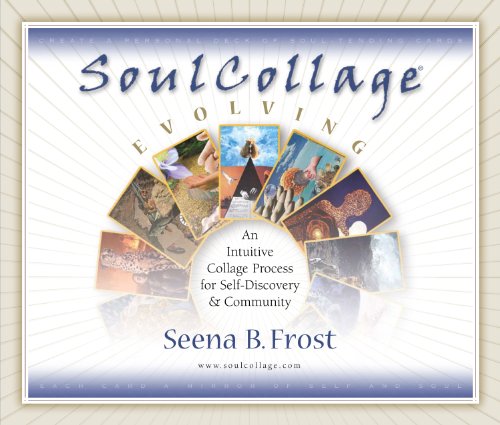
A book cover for SoulCollage Evolving: An Intuitive Collage Process for Self-Discovery and Community; Seena B. Frost; Religion & Spirituality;